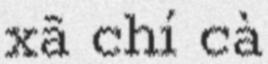
xã chí cà